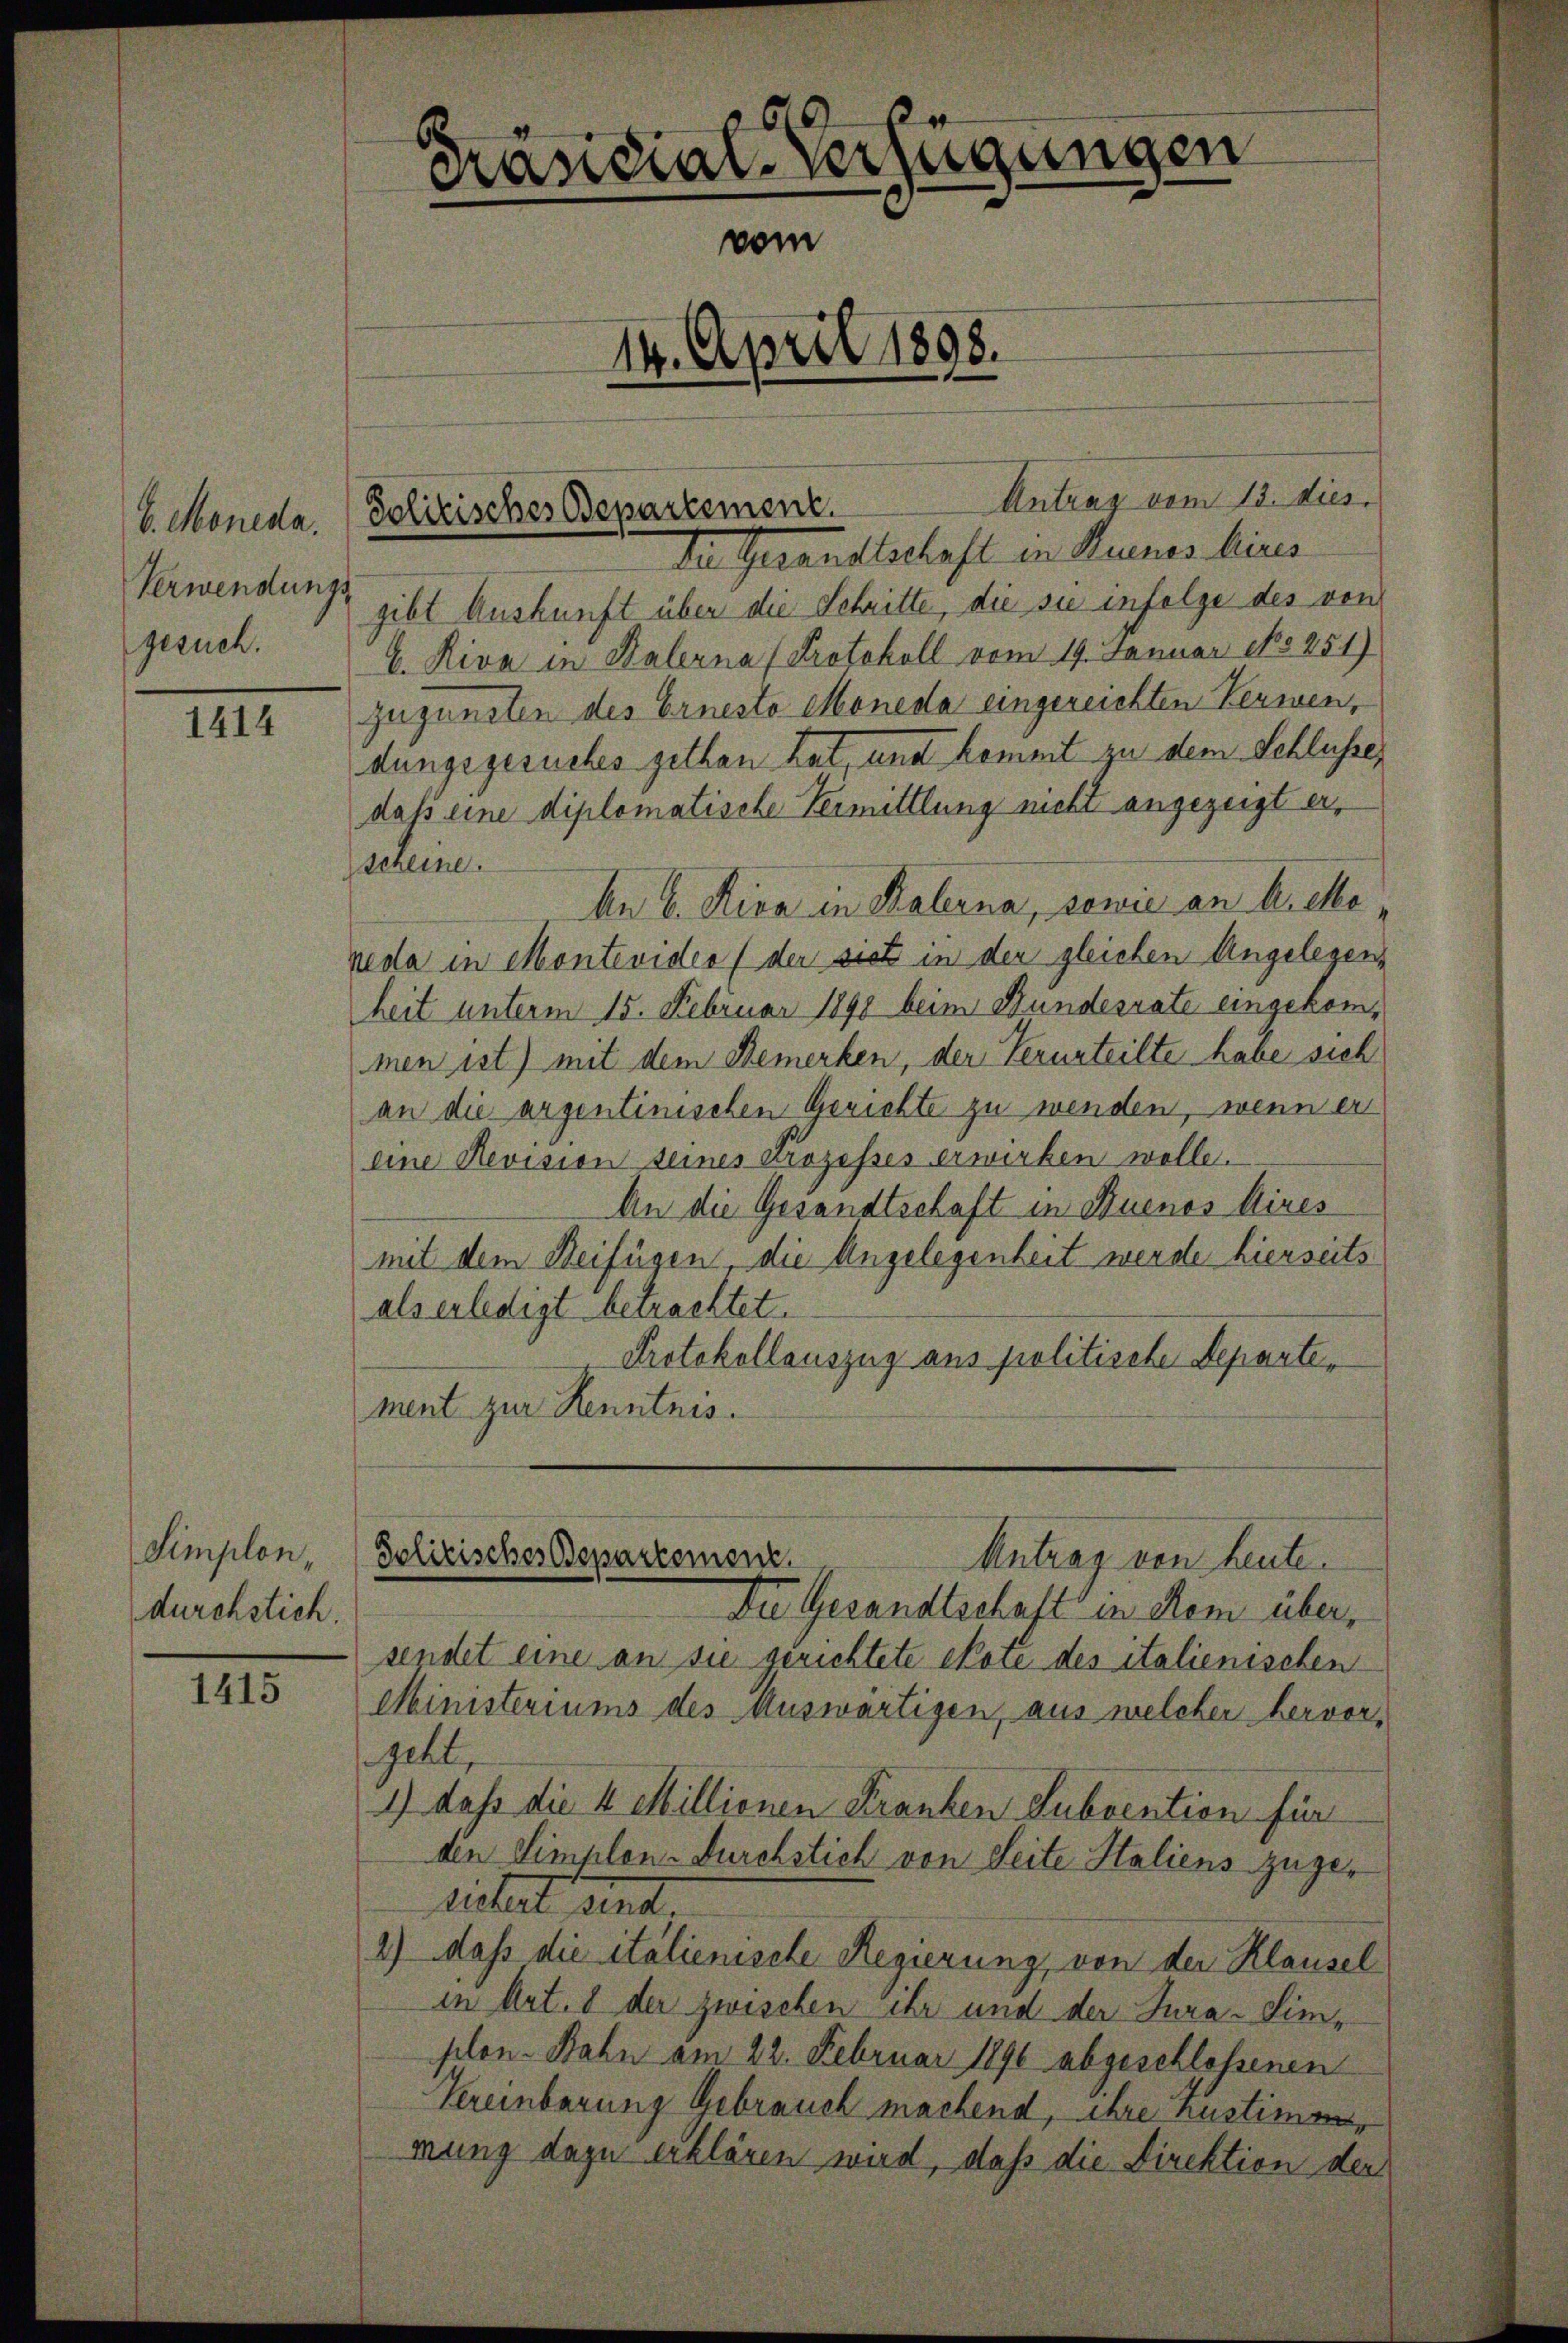
V. Moneda.
Verwendungs
gesuch.

1414

Simplon,
durchstich.

1415

Der Gesandtschaft in eines hines
gibt Auskunft über die Schritte, die sie infolge des von
6. Riva in Kalerna (Protokoll vom 19. Januar 18251)
zugunsten des Ernesto Moneda eingereichten Verwen,
dungsgesuches gethan hat, und kommt zu dem Schlusser
daß eine diplomatische Vermittlung nicht angezeigt erscheine.
An 6. Riva in Palerna, sowie an A. ette
neda in Montevider (der sich in der gleichen Angelegens
heit unterm 15. Februar 1890 beim Bundesrate eingekommen ist) mit dem Bemerken, der Verurteilte habe sich
an die arzentinischen Gerichte zu wenden, wenn er
eine Revision seines Strozesses erwirken wolle.
An die Gesandtschaft in Duenos Aires
mit dem Beifügen, die Angelegenheit werde hierseits
als erledigt betrachtet.
Protokollauszug aus politische Departement zur Kenntnis.

0
Präsidial-Verfügungen
vom
14. April 1898.

Solitisches Departement.

Antrag vom 13. dies

Polizisches Departement.
Antrag von heute.

Du Gesandtschaft in dem über,
sendet eine an sie gerichtete Note des italienischen
Ministeriums des Auswärtigen, aus welcher hervor,
geht,
1) daß die 4 Millionen Franken Subvention für
den Simplon-Durchstich von Seite Haliens zugelietet sind.
2) daß die italienische Regierung, von der Klausel
in Art. 8 der zwischen ihr und der Jura-Limplon-Bahn am 22. Februar 1890 abgeschlossenen
Vereinbarung Gebrauch machend, ihre austime,
mung dazu erklären wird, daß die Direktion der